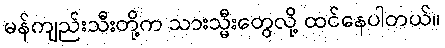
မန်ကျည်းသီးတို့က သားသ္မီးတွေလို့ ထင်နေပါတယ်။